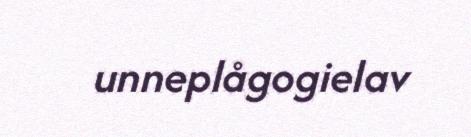
unneplågogielav